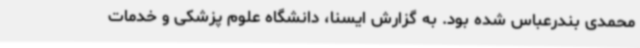
محمدی بندرعباس شده بود. به گزارش ایسنا، دانشگاه علوم پزشکی و خدمات